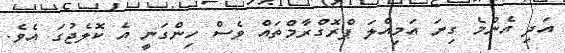
އަދި އެންމެ ގިނަ އަމިއްލަ ޕްރޮގްރާމްތައް ވެސް ހިންގަނީ އެ ކޮލެޖުގަ އެވެ.